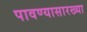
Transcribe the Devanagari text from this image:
पावण्यासारख्या